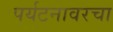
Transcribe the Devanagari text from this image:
पर्यटनावरचा